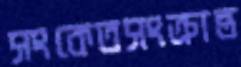
সংকেতসংক্রান্ত